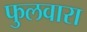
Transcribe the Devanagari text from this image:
फुलवारा